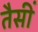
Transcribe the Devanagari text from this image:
तैसीं